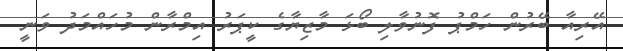
އޭރިއާ ބޭރުން ހަމްޕު ފޮނުވާލި ބޯޅަ މާޒިޔާގެ ކީޕަރު އިމްރާން މުހައްމަދު ވަނީ